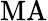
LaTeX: \mathrm{MA}